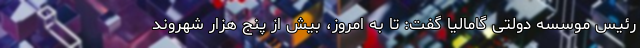
رئیس موسسه دولتی گامالیا گفت: تا به امروز، بیش از پنج هزار شهروند